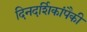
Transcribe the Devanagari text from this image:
दिनदर्शिकांपैकी